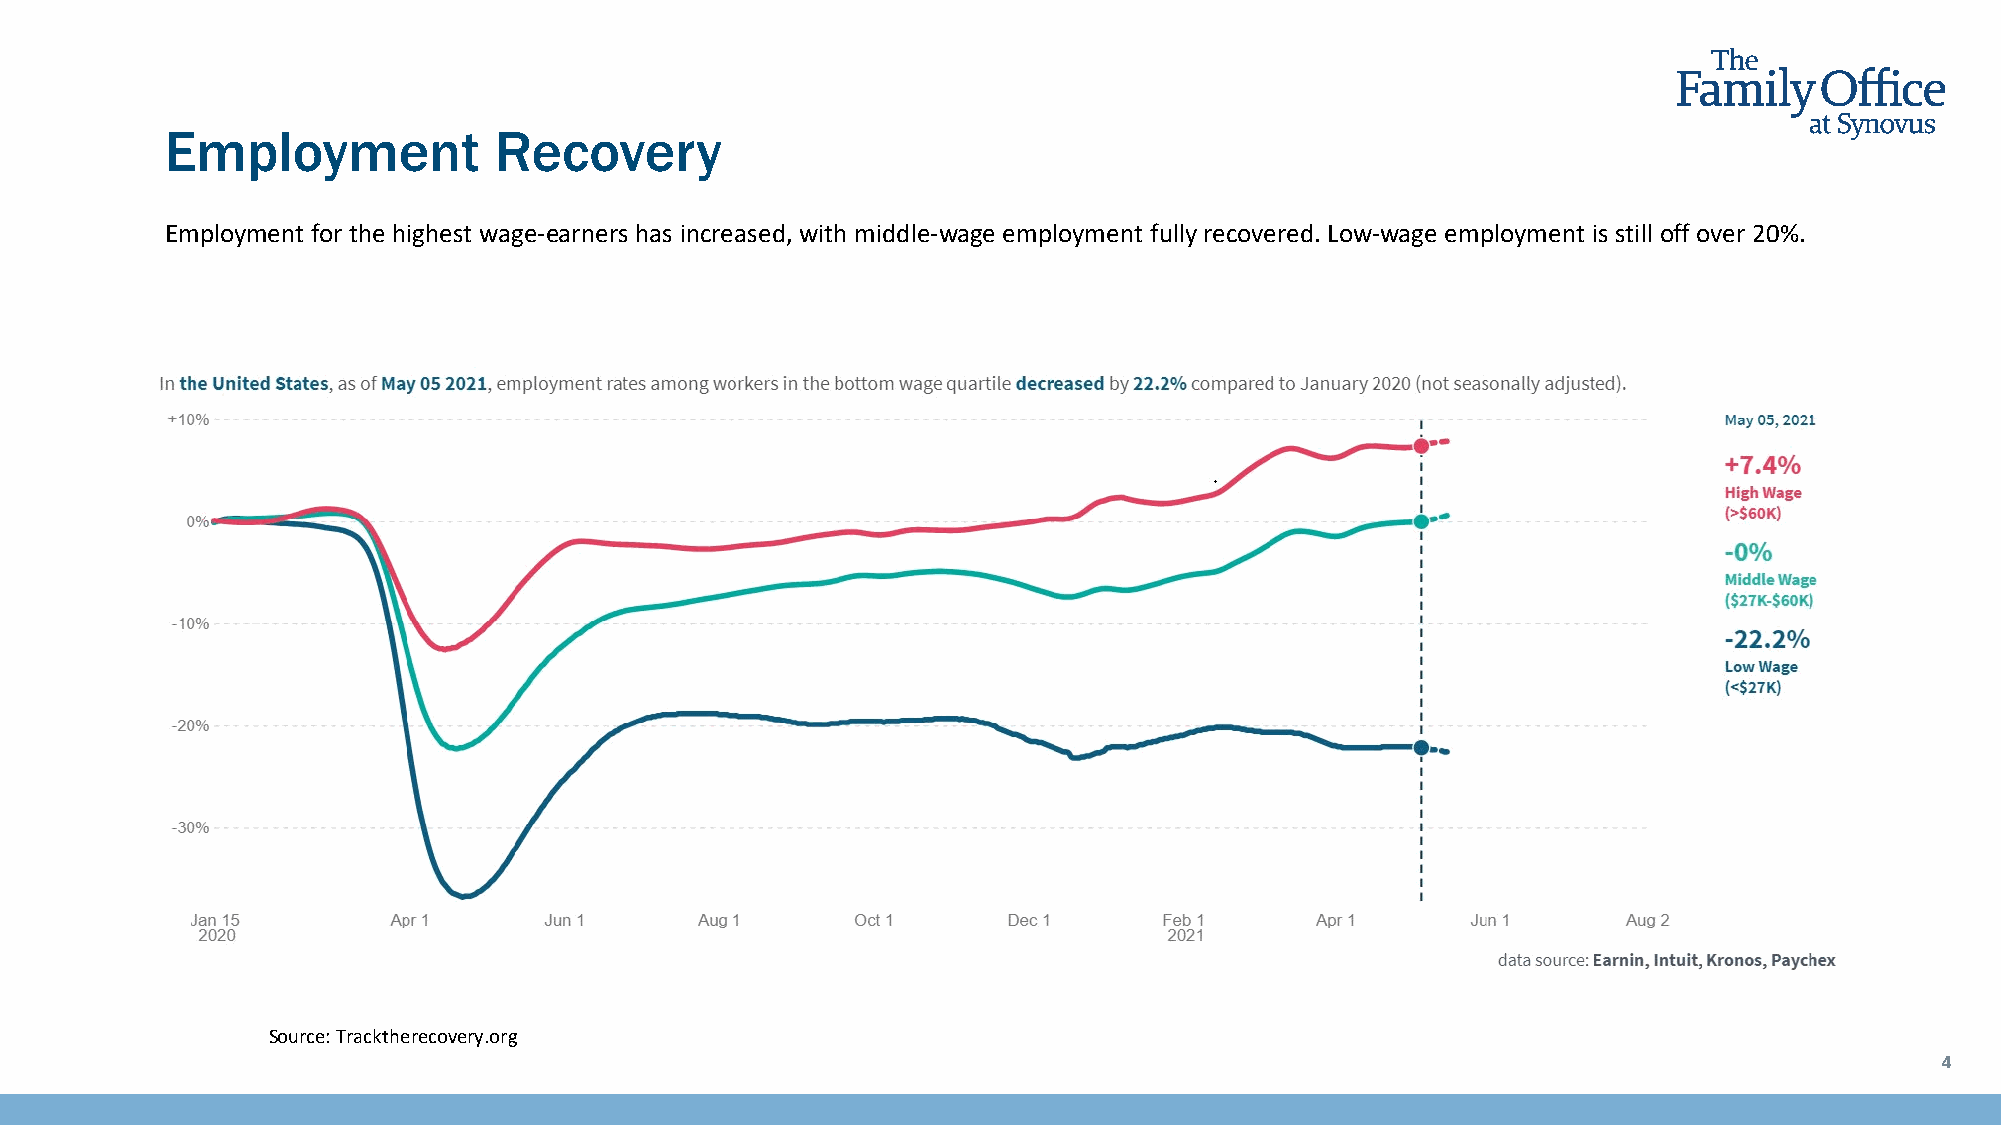
Employment            Recovery
 Employment for the highest wage-earners has increased, with middle-wage employment fully recovered. Low-wage employment is still off over 20%.
 Source: Tracktherecovery.org
 4